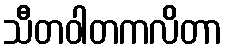
သီတဝါတကလိတာ